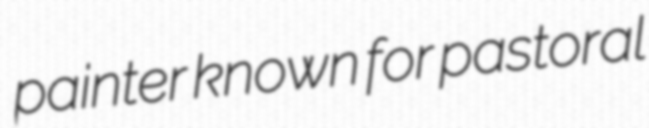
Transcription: painter known for pastoral